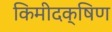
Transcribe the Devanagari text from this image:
किमीदक्षिण